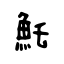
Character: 魠